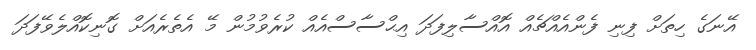
އޭނަގެ ހިތަށް ފިނި ފެންއެއްޗެއް އޮއްސާލިފަދަ އިޙްސާސްއެއް ކުރެވުމުން މޭ އެތެރެއަށް ގޮނިކޮއްލެވޭފަދަ